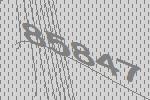
85847